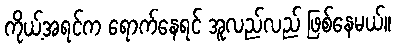
ကိုယ့်အရင်က ရောက်နေရင် အူလည်လည် ဖြစ်နေမယ်။